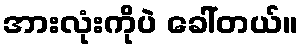
အားလုံးကိုပဲ ခေါ်တယ်။